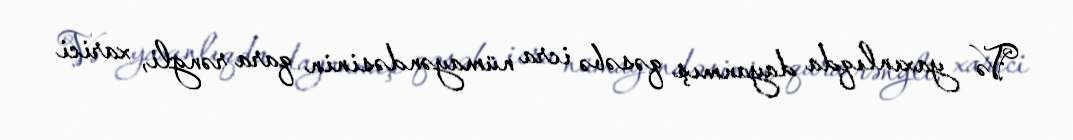
Və yaxınlıqda dayanmış qəsəbə icra nümayəndəsinin qara rəngli, xarici